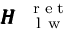
{ \pmb { { \cal H } } } _ { \mathrm { ~ \textsc ~ { ~ l ~ w ~ } ~ } } ^ { \mathrm { ~ \tiny ~ { ~ r ~ e ~ t ~ } ~ } }